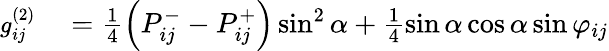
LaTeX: \begin{array}{rl}{\small g_{ij}^{(2)}}&{{}=\frac{1}{4}\left(P_{ij}^{-}-P_{ij}^{+}\right)\sin^{2}\alpha+\frac{1}{4}\sin\alpha\cos\alpha\sin\varphi_{ij}}\end{array}